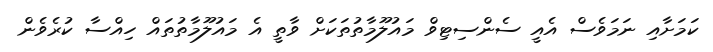
ކަމަށާއި ނަމަވެސް އެއީ ސެންސިޓިވް މައުލޫމާތުތަކަށް ވާތީ އެ މައުލޫމާތުތައް ހިއްސާ ކުރެވެން